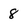
Character: 8